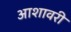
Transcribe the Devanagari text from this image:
आशावरी